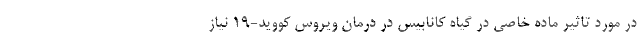
در مورد تاثیر ماده خاصی در گیاه کانابیس در درمان ویروس کووید-۱۹ نیاز